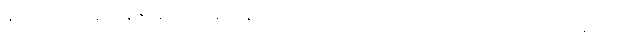
ချဲ့ဦးအံ့။ အာနာပါနဇ္ဈာနမ္ပိ၊ အာနာပါနဈာန်ကိုလည်းကောင်း။ ကာယဂတာ သတိ ဘာဝနာ စ၊